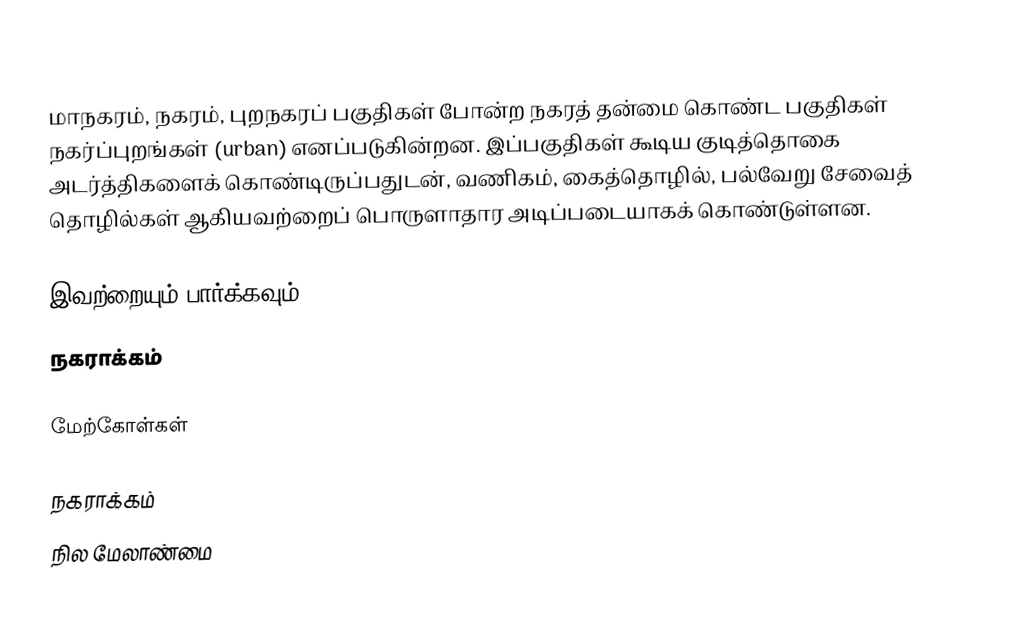
மாநகரம், நகரம், புறநகரப் பகுதிகள் போன்ற நகரத் தன்மை கொண்ட பகுதிகள் நகர்ப்புறங்கள் (urban) எனப்படுகின்றன. இப்பகுதிகள் கூடிய குடித்தொகை அடர்த்திகளைக் கொண்டிருப்பதுடன், வணிகம், கைத்தொழில், பல்வேறு சேவைத் தொழில்கள் ஆகியவற்றைப் பொருளாதார அடிப்படையாகக் கொண்டுள்ளன.

இவற்றையும் பார்க்கவும்
 நகராக்கம்

மேற்கோள்கள்

நகராக்கம்
நில மேலாண்மை